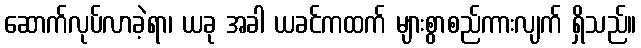
ဆောက်လုပ်လာခဲ့ရာ၊ ယခု အခါ ယခင်ကထက် များစွာစည်ကားလျက် ရှိသည်။